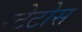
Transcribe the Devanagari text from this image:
स्टेटोस